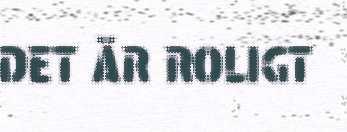
DET ÄR ROLIGT